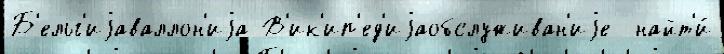
Б'ельг'иjаваллон'иjа В'ик'ип'ед'иjаобслуживан'иjе  найт'и́